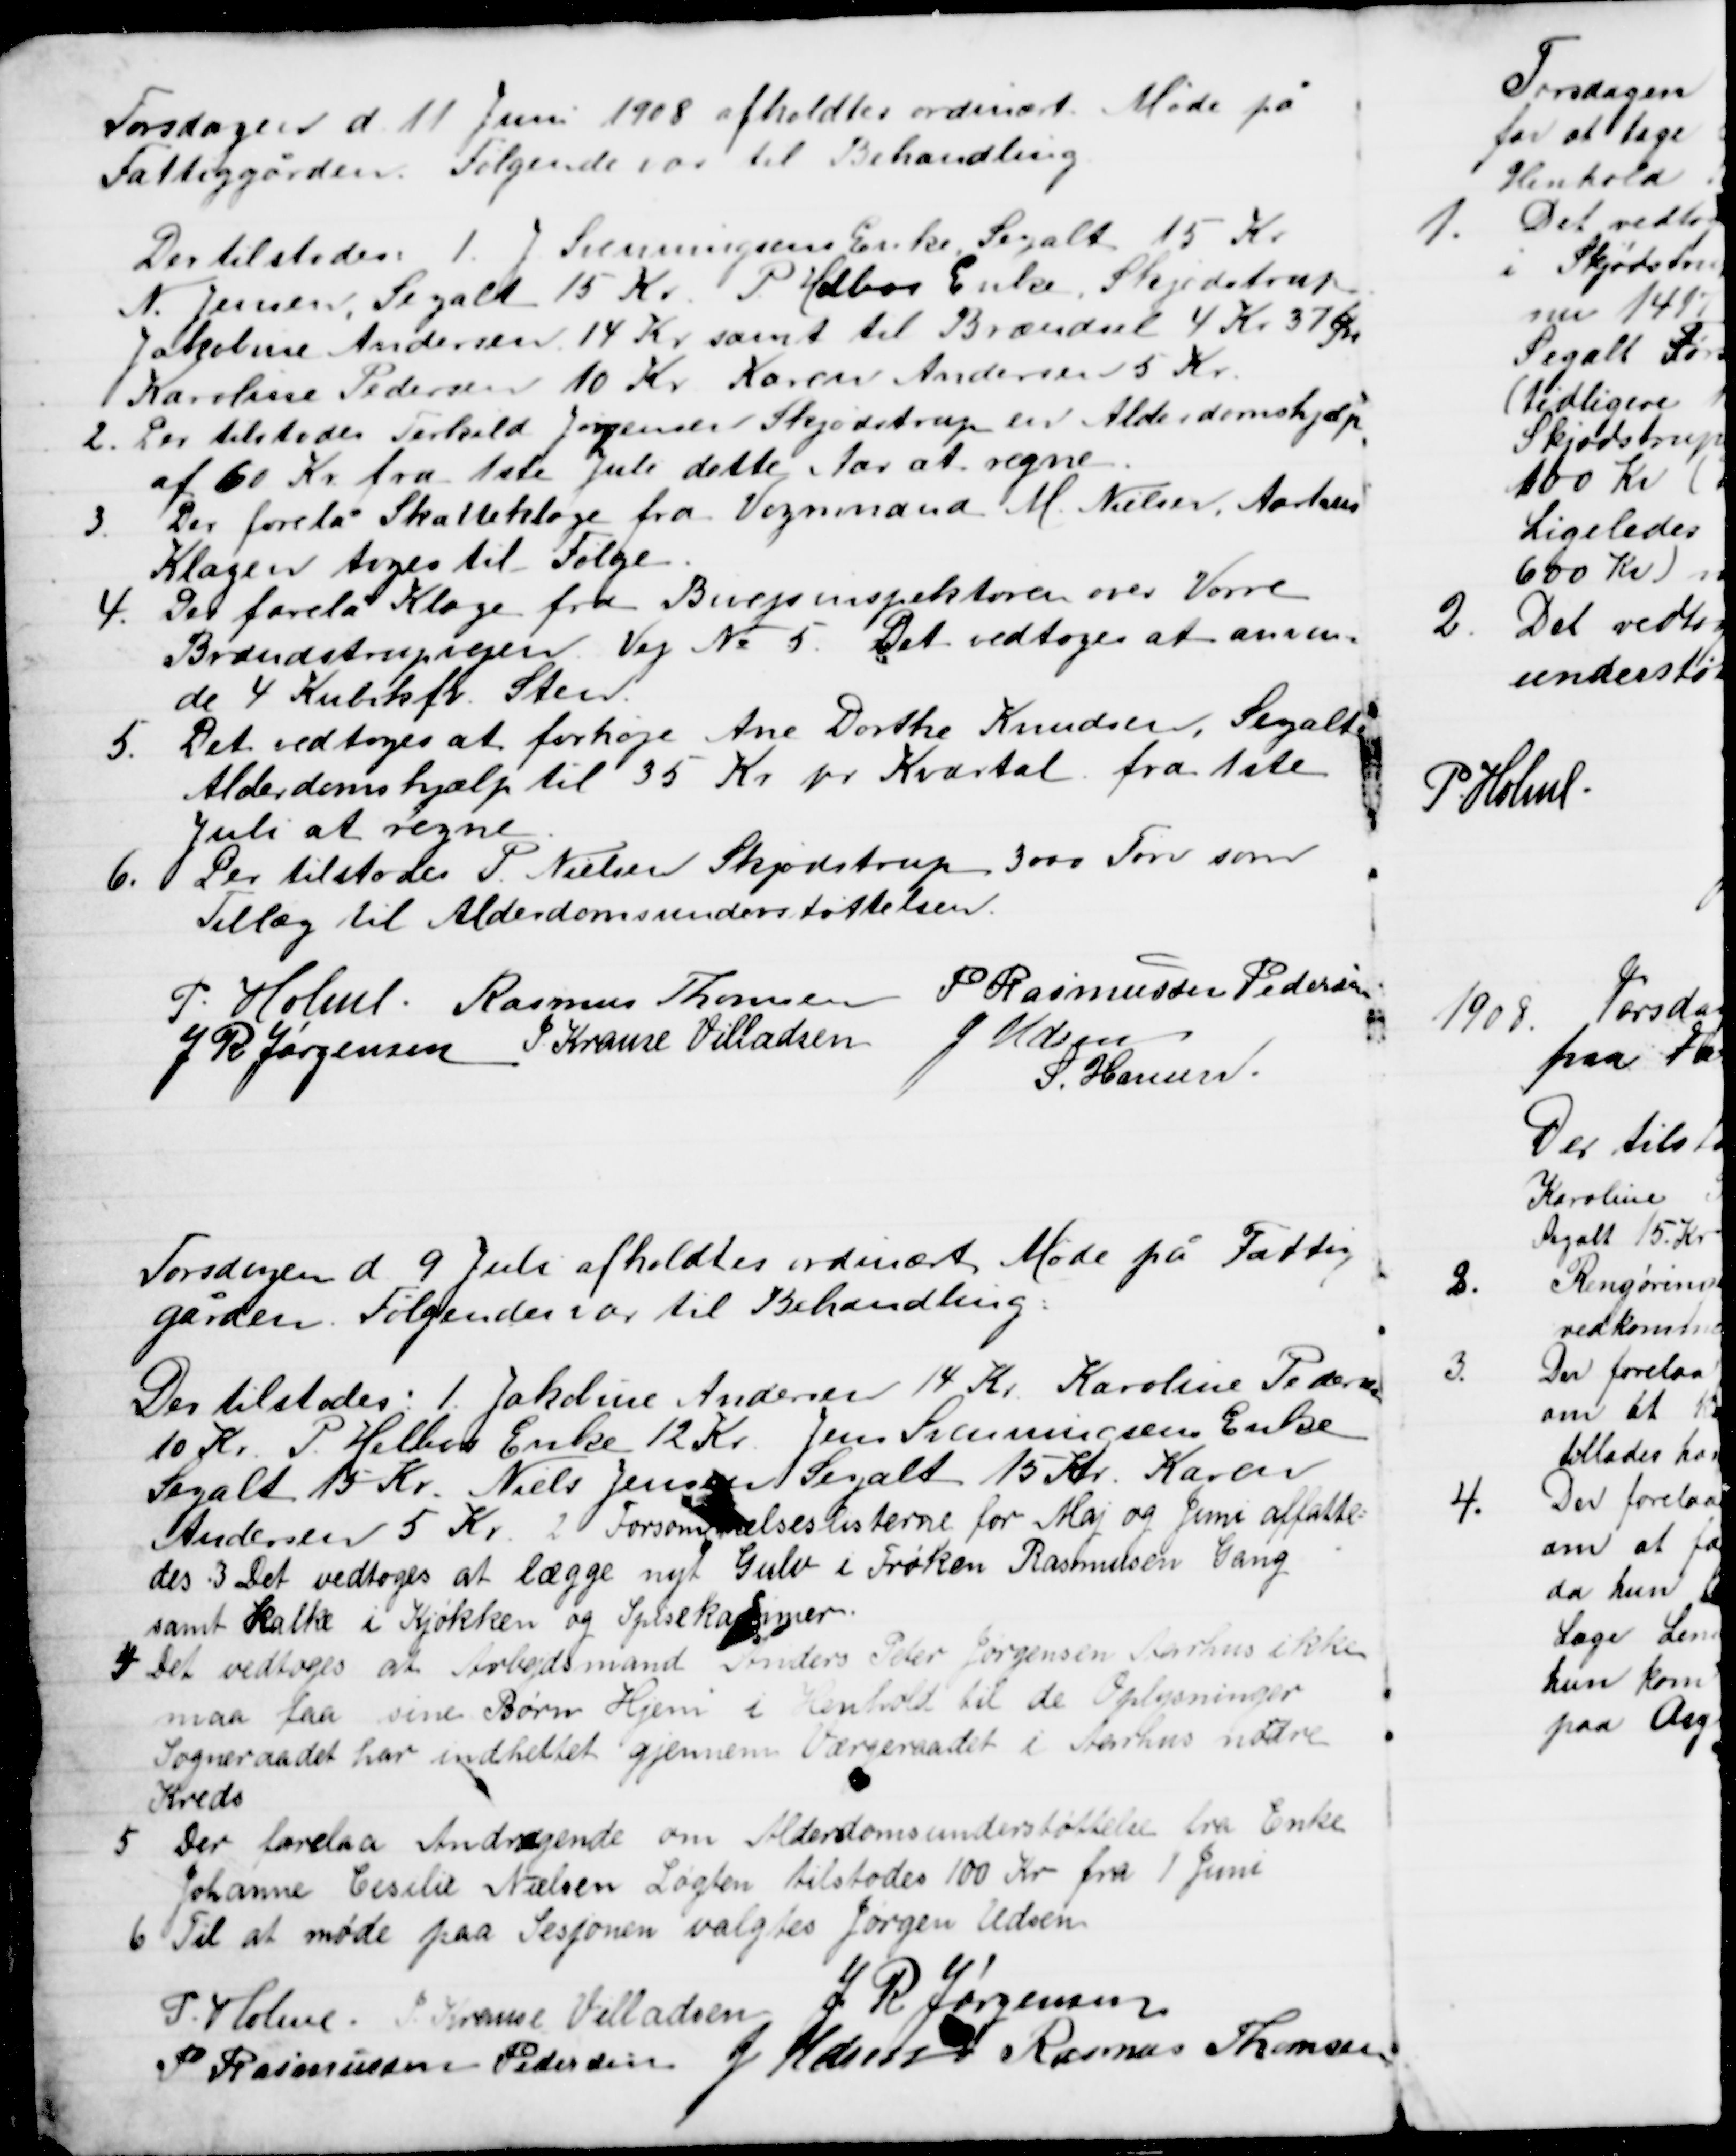
Transskription:
Torsdagen d. 11 Juni 1908 afholdtes ordinært Møde på
Fattiggården. Følgende var til Behandling
Der tilstodes 1. J. Svenningsens Enke Segalt 15 Kr
N. Jensen, Segalt 15 Kr. P. Helbos Enke, Skjødstrup
Jakobine Andersen 14 Kr samt til Brændsel 4 Kr 37 Øre
 Karoline Pedersen 10 Kr Karen Andersen 5 Kr.
2. Der tilstodes Terkild Jørgensen Skjødstrup en Alderdomshjælp,
af 60 Kr. fra 1ste Juli dette Aar at regne.
3.
Der forelå Skatteklage fra Vognmand M. Nielsen, Aarhus
Klagen toges til Følge.
4. Der forelå Klage fra Bivejsinspektøren over Vorre
Brandstrupvejen. Vej № 5. Det vedtoges at anven-
de 4 Kubikfv. Sten.
5.
Det vedtoges at forhøje Ane Dorthe Knudsen, Segalt
Alderdomshjælp til 35 Kr pr. Kvartal fra 1ste
Juli at regne
6. Der tilstodes P. Nielsen Skjødstrup 3000 Tørv som
Tillæg til Alderdomsunderstøttelsen.
P. Holme. Rasmus Thomsen P. Rasmussen Pedersen
J P Jørgensen J. Krause Villadsen J. Udsen
S. Hansen
Torsdagen d. 9 Juli afholdtes ordinært Møde på Fattig
gården. Følgende var til Behandling.
Der tilstodes: 1. Jakobine Andersen 14 Kr. Karoline Pedersen
10 Kr. P. Helbos Enke 12 Kr. Jens Svenningsens Enke
Segalt 15 Kr. Niels Jensen Segalt 15 Kr. Karen
Andersen 5 Kr. 2. Forsømmelseslisterne for Maj og Juni affatte=
des. 3 Det vedtoges at lægge nyt Gulv i Frøken Rasmusen Gang
samt Kalke i Kjøkken og Spisekammer.
4 Det vedtoges at Arbedsmand Anders Peter Jørgensen Aarhus ikke
maa faa sine Børn Hjem i Henhold til de Oplysninger
Sogneraadet har indhentet gjennem Værgeraadet i Aarhus no
r
dre
Kreds
5
Der forelaa Andragende om Alderdomsunderstøttelse fra Enke 
Johanne Cesilie Nielsen Løgten tilstodes 100 Kr fra 1 Juni
6. Til at møde paa Sesjonen valgtes Jørgen Udsen
P. Holme J Krause Villadsen J. R. Jørgensen
P Rasmussen Pedersen J Udsen Rasmus Thomsen